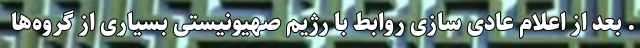
. بعد از اعلام عادی سازی روابط با رژیم صهیونیستی بسیاری از گروه‌ها